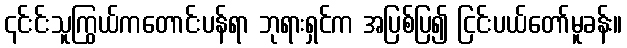
၎င်းင်းသူကြွယ်ကတောင်းပန်ရာ ဘုရားရှင်က အပြစ်ပြ၍ ငြင်းပယ်တော်မူခန်း။